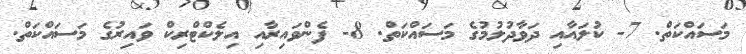
މަސައްކަތް. 7- ކުލައާއި ދަވާދުލުމުގެ މަސައްކަތް. 8- ފެންވައިރާއި އިލެކްޓްރިކް ވައިރުގެ މަސައްކަތް.